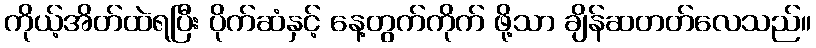
ကိုယ့်အိတ်ထဲရပြီး ပိုက်ဆံနှင့် နေ့တွက်ကိုက် ဖို့သာ ချိန်ဆတတ်လေသည်။